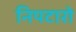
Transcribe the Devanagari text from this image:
निपटारो